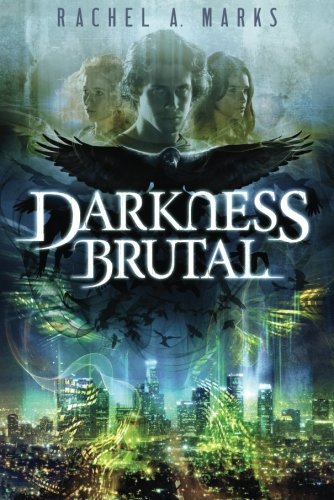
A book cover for Darkness Brutal (The Dark Cycle); Rachel A. Marks; Romance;